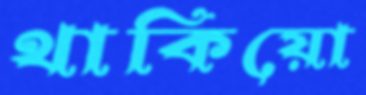
থাকিয়ো